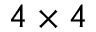
4 \times 4